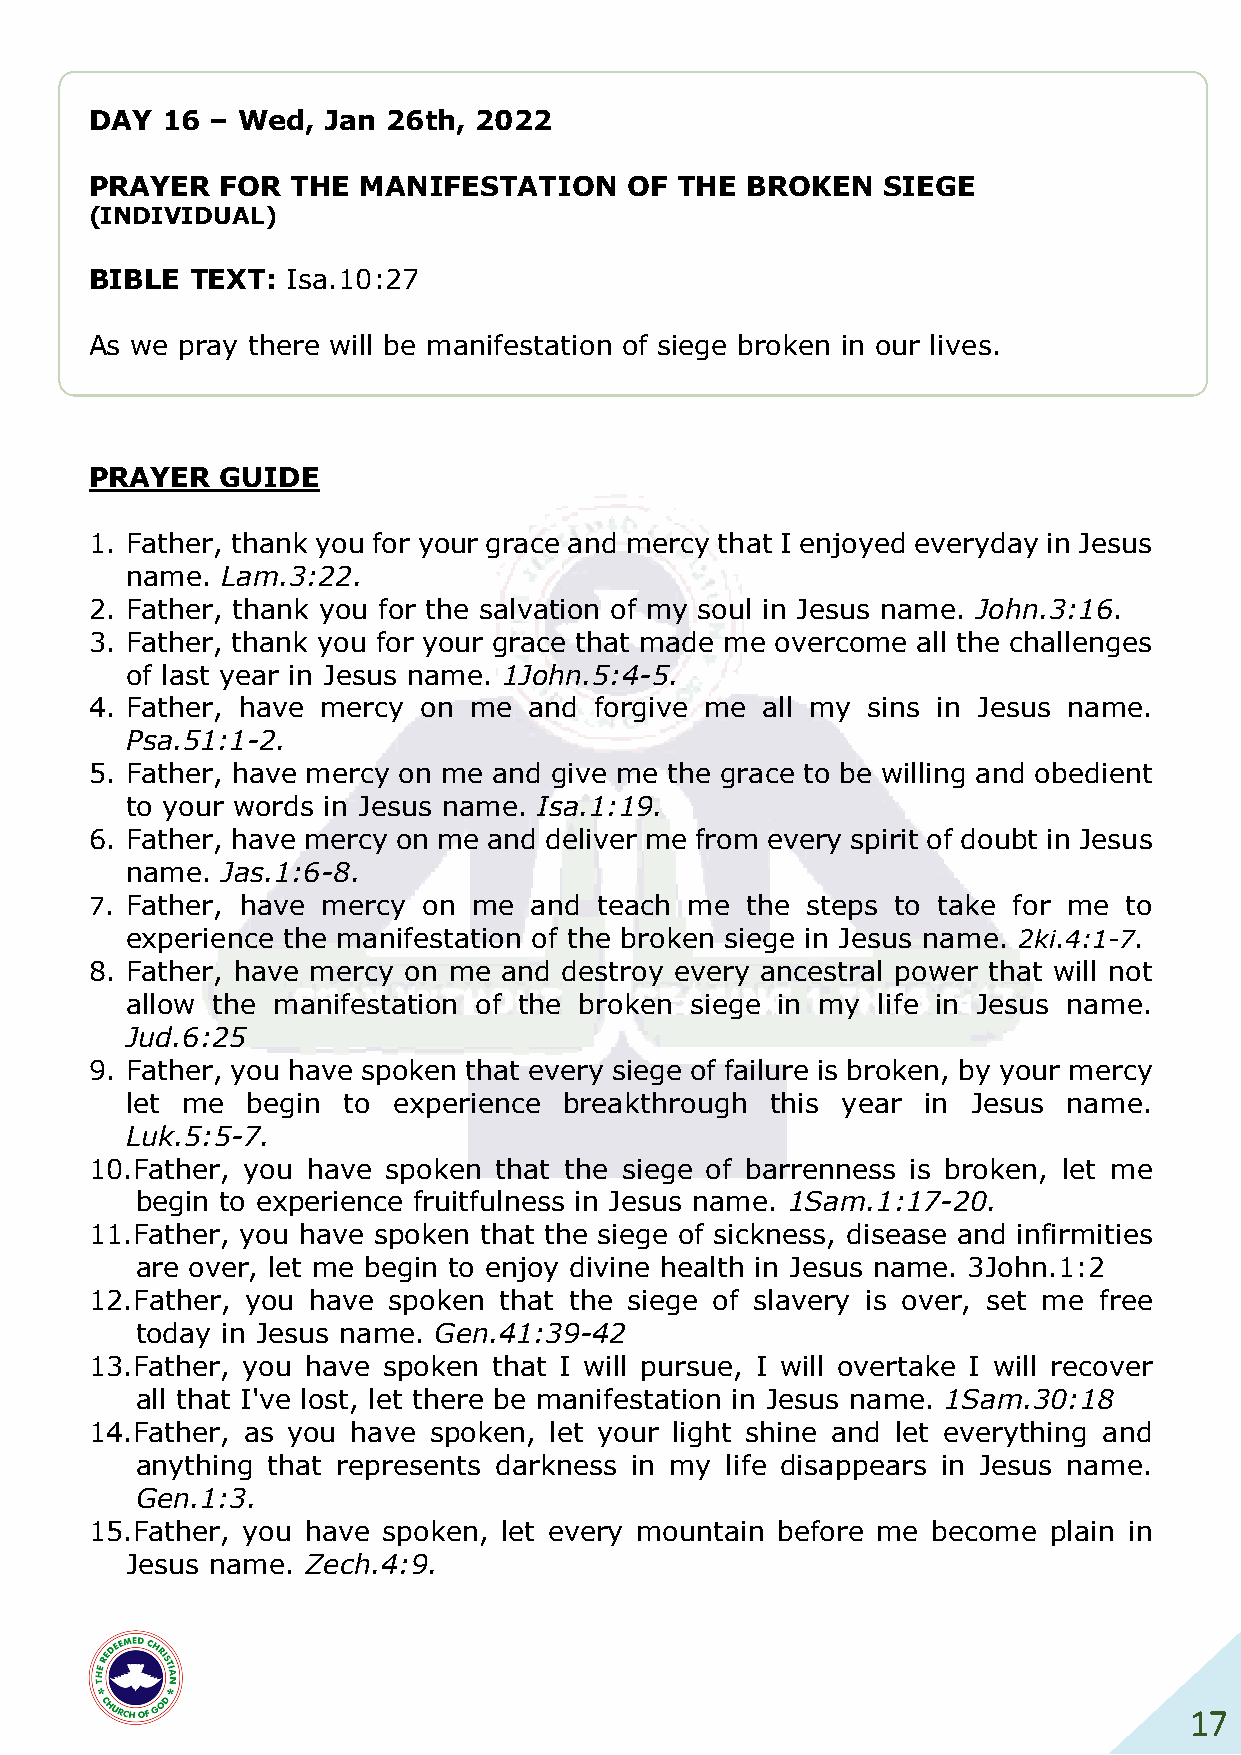
DAY  16 – Wed, Jan  26th, 2022
 PRAYER   FOR THE  MANIFESTATION     OF THE BROKEN   SIEGE
 (INDIVIDUAL)
 S
 BIBLE  TEXT: Isa.10:27
 As we pray there will be manifestation of siege broken in our lives.
 PRAYER   GUIDE
 1. Father, thank you for your grace and mercy that I enjoyed everyday in Jesus
 name.  Lam.3:22.
 2. Father, thank you for the salvation of my soul in Jesus name. John.3:16.
 3. Father, thank you for your grace that made me overcome all the challenges
 of last year in Jesus name. 1John.5:4-5.
 4. Father, have mercy on me  and forgive me all my sins in Jesus name.
 Psa.51:1-2.
 5. Father, have mercy on me and give me the grace to be willing and obedient
 to your words in Jesus name. Isa.1:19.
 6. Father, have mercy on me and deliver me from every spirit of doubt in Jesus
 name.  Jas.1:6-8.
 7. Father, have mercy on me  and teach me  the steps to take for me to
 experience the manifestation of the broken siege in Jesus name. 2ki.4:1-7.
 8. Father, have mercy on me and destroy every ancestral power that will not
 allow the manifestation of the broken siege in my life in Jesus name.
 Jud.6:25
 9. Father, you have spoken that every siege of failure is broken, by your mercy
 let me  begin  to experience breakthrough  this year in Jesus  name.
 Luk.5:5-7.
 10. Father, you have spoken that the siege of barrenness is broken, let me
 begin to experience fruitfulness in Jesus name. 1Sam.1:17-20.
 11. Father, you have spoken that the siege of sickness, disease and infirmities
 are over, let me begin to enjoy divine health in Jesus name. 3John.1:2
 12. Father, you have spoken that the siege of slavery is over, set me free
 today in Jesus name. Gen.41:39-42
 13. Father, you have spoken that I will pursue, I will overtake I will recover
 all that I've lost, let there be manifestation in Jesus name. 1Sam.30:18
 14. Father, as you have spoken, let your light shine and let everything and
 anything that represents darkness in my life disappears in Jesus name.
 Gen.1:3.
 15. Father, you have spoken, let every mountain before me become plain in
 Jesus name. Zech.4:9.
 17